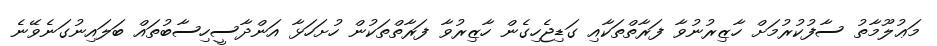
މަޢުލޫމާތު ސާފުކުރުމަށް ހާޒިރުނުވާ ފަރާތްތަކާއި ގަޑިޖެހިގެން ހާޒިރުވާ ފަރާތްތަކުން ހުށަހަޅާ އަންދާސީހިސާބުތައް ބަލައިނުގަނެވޭނެ